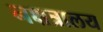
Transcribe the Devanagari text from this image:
नक्षत्रालय